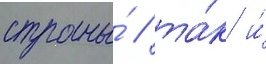
страны́ / та́к и́